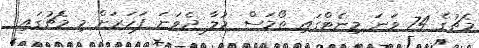
މެޗުގެ 74 ވަނަ މިނެޓްގައި ތޯމަސް މުލާ ދެވަނަ ފަހަރަށް މި މެޗުގައި